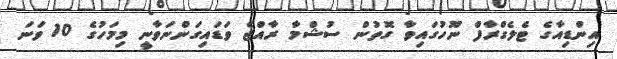
އިންޑިއާގެ ޓެލެގްރާފް ނޫހުގައިވާ ގޮތުން ސުޝްމާ ރާއްޖެ ވަޑައިގަންނަވާނީ މިމަހުގެ 10 ވަނަ